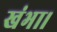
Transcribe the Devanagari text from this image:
खंभा।